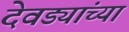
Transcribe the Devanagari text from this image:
देवड्यांच्या